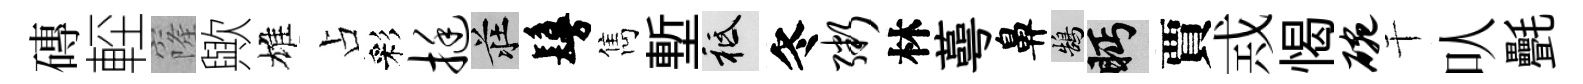
磚䡖窿歟雄占彩挺莊鬘雋塹祇冬粥林蕚鼻鵠眄賈𢦶愒碗干㕥㲲